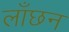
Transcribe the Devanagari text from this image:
लाँछन